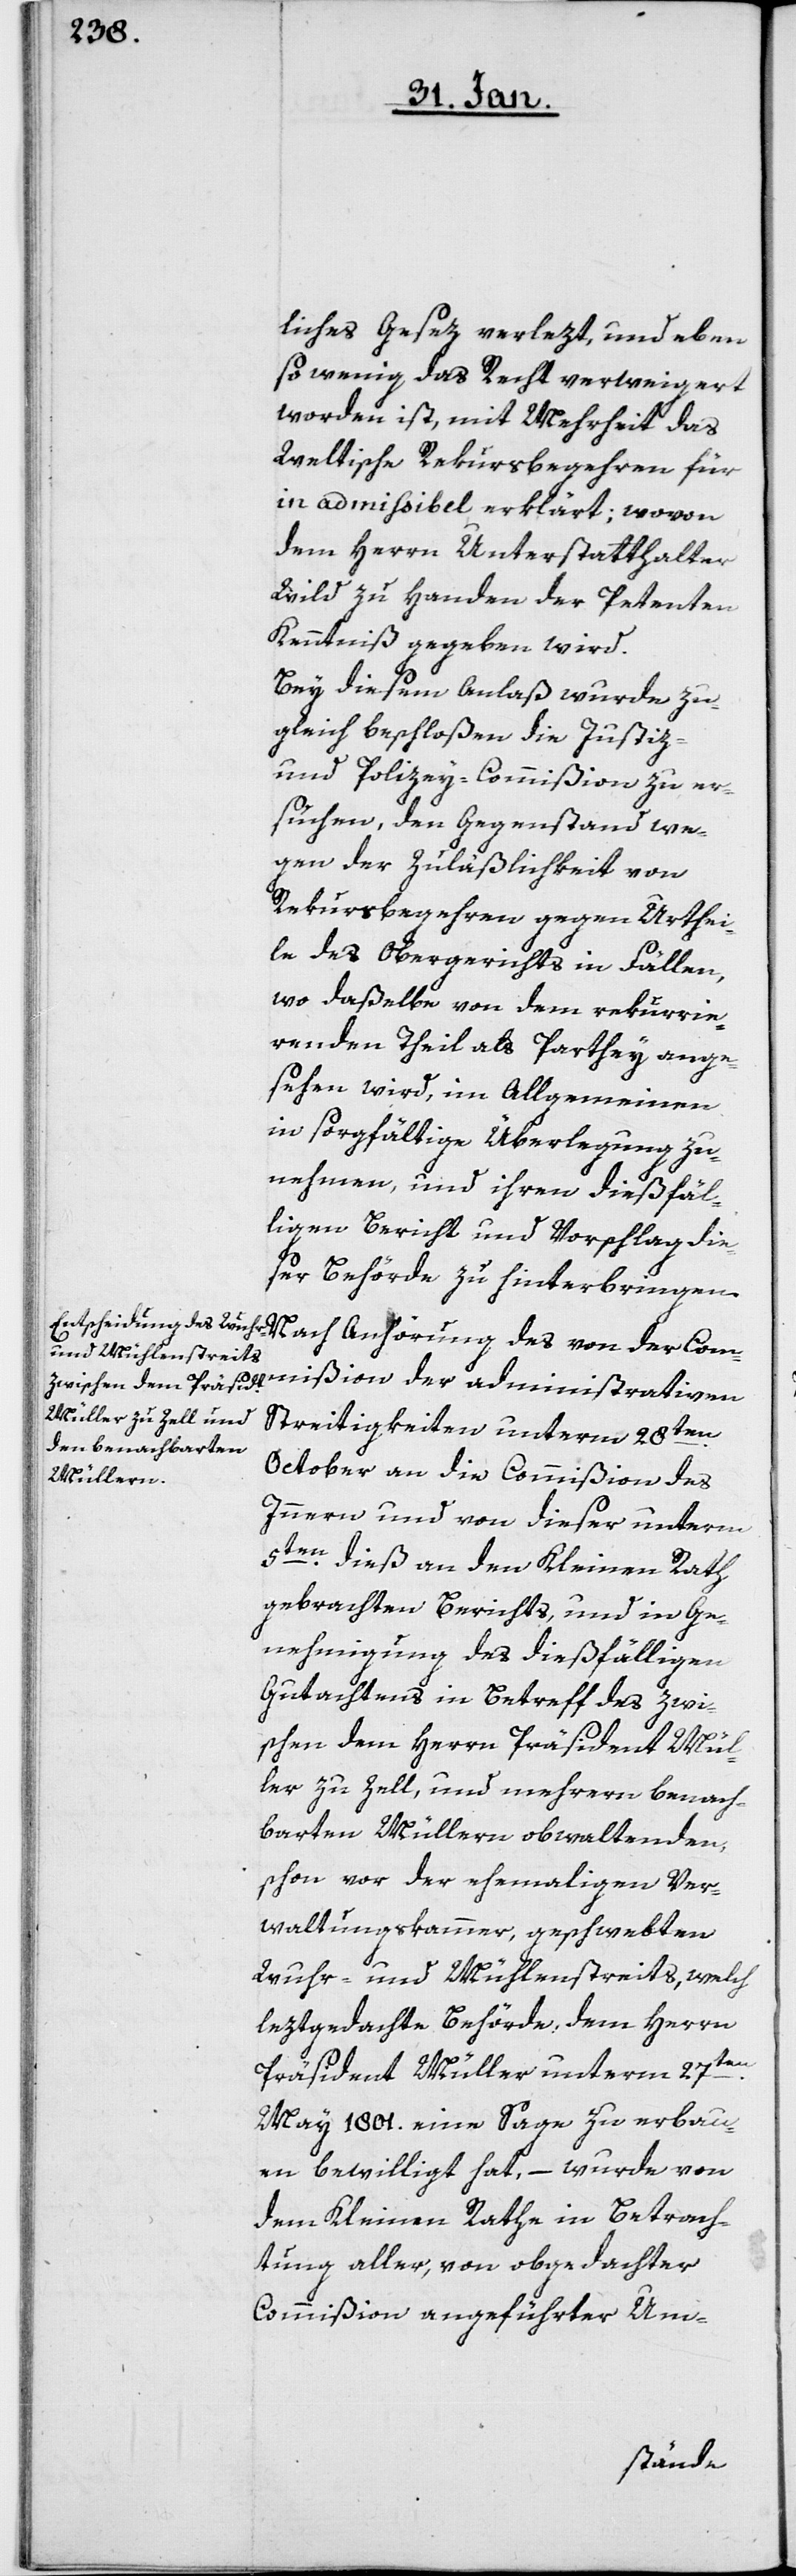
liches Gesez verlezt, und eben
so wenig das Recht verweigert
worden ist, mit Mehrheit das
Weltische Rekursbegehren für
in admißibel erklärt; wovon
dem Herrn Unterstatthalter
Wild zu Handen der Petenten
Kenntniß gegeben wird.
Bey diesem Anlaß wurde zu¬
gleich beschloßen, die Justiz-
und Polizey-Commißion zu er¬
suchen, den Gegenstand we¬
gen der Zuläßigkeit von
Rekursbegehren gegen Urthei¬
le des Obergerichts in Fällen,
wo daßelbe von dem rekurrie¬
renden Theil als Parthey ange¬
sehen wird, im Allgemeinen
in sorgfältige Überlegung zu
nehmen, und ihren dießfäl¬
ligen Bericht und Vorschlag die¬
ser Behörde zu hinterbringen.
Nach Anhörung des von der Commi¬
Streitigkeiten unterm 28ten.
October an die Commißion des
Innern und von dieser unterm
5ten dieß an den Kleinen Rath
gebrachten Berichts, und in Ge¬
nehmigung des dießfälligen
Gutachtens in Betreff des zwi¬
schen dem Herrn Präsident Mül¬
ler zu Zell, und mehrern benach¬
barten Müllern obwaltenden,
schon vor der ehemaligen Ver¬
waltungskammer geschwebten
Wuhr- und Mühlenstreits, welch
leztgedachte Behörde, dem Herrn
Präsident Müller unterm 27ten.
May 1801. eine Sage zu erbau¬
en bewilligt hat, – wurde von
dem Kleinen Rathe in Betrach¬
tung aller, von obgedachter
Commißion angeführter Um-
ßion der